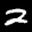
Label: 2